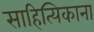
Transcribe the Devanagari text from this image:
साहित्यिकाना